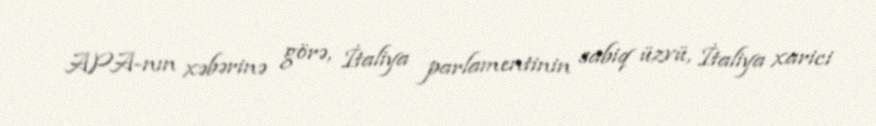
APA-nın xəbərinə görə, İtaliya parlamentinin sabiq üzvü, İtaliya xarici